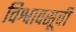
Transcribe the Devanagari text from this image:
विश्वावसूची